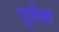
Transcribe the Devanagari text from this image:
पूर्वेश